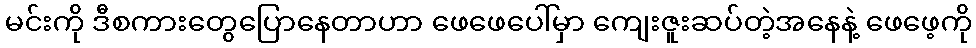
မင်းကို ဒီစကားတွေပြောနေတာဟာ ဖေဖေပေါ်မှာ ကျေးဇူးဆပ်တဲ့အနေနဲ့ ဖေဖေ့ကို